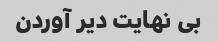
بی نهایت دیر آوردن